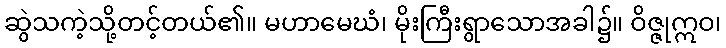
ဆွဲသကဲ့သို့တင့်တယ်၏။ မဟာမေဃံ၊ မိုးကြီးရွာသောအခါ၌။ ဝိဇ္ဇုဣဝ၊